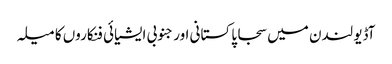
آڈیو لندن میں سجا پاکستانی اور جنوبی ایشیائی فنکاروں کا میلہ